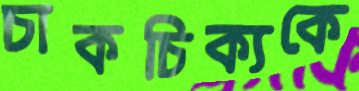
চাকচিক্যকে